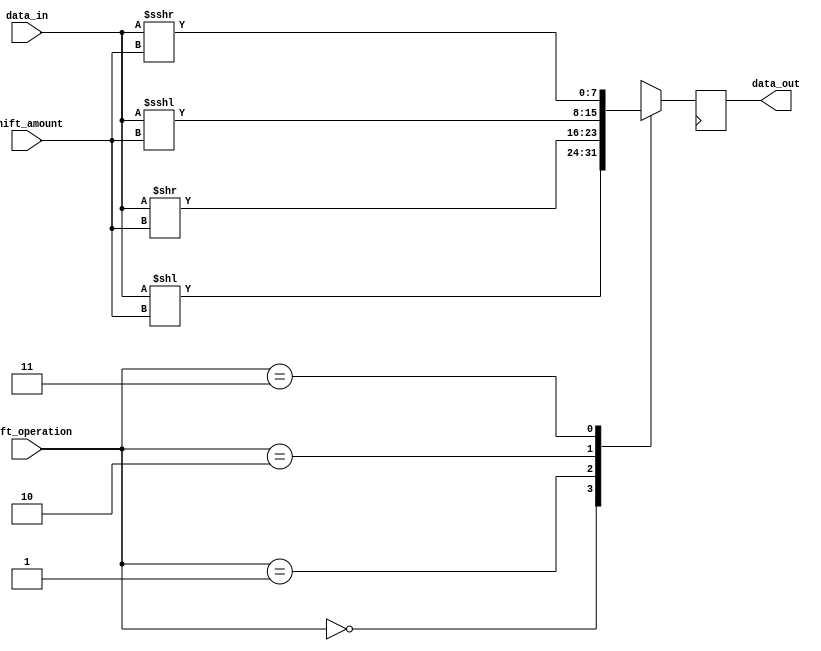
module Sparse_Barrel_Shifter(
    input [7:0] data_in,
    input [1:0] shift_amount,
    input [1:0] shift_operation,
    output reg [7:0] data_out
);

reg [7:0] shifted_data;

// Control unit to decode the shift operation
always @*
begin
    case(shift_operation)
        2'h0: shifted_data = data_in << shift_amount; //left shift
        2'h1: shifted_data = data_in >> shift_amount; //right shift
        2'h2: shifted_data = data_in <<< shift_amount; //logical right shift
        2'h3: shifted_data = data_in >>> shift_amount; //logical right shift
        default: shifted_data = 8'b0;
    endcase
end

// Input and output registers
always @(posedge clk)
begin
    data_out <= shifted_data;
end

endmodule